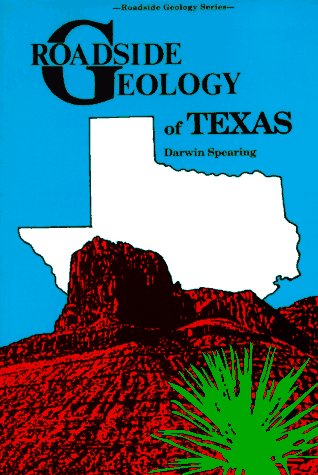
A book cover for Roadside Geology of Texas (Roadside Geology Series); Darwin Spearing; Science & Math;